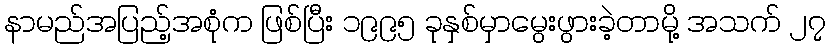
နာမည်အပြည့်အစုံက ဖြစ်ပြီး ၁၉၉၅ ခုနှစ်မှာမွေးဖွားခဲ့တာမို့ အသက် ၂၇